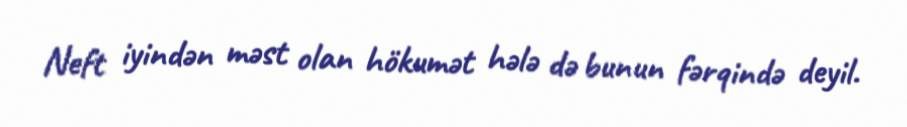
Neft iyindən məst olan hökumət hələ də bunun fərqində deyil.